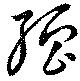
強